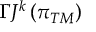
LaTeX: \Gamma J ^ { k } \left( \pi _ { T M } \right)